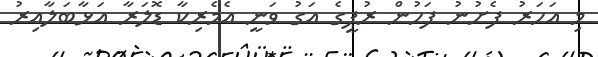
މި އަހަރު ފެށުނު ފަހުން ރުޕީގެ އަގު ވަނީ އެމެރިކާ ޑޮލަރާ އަޅާބަލާއިރު